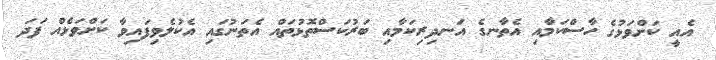
އެއީ ކަށްވަޅުގެ ހާސްކަމާއި އެތާނގެ އަނދިރިކަމާއި ބަރުކަސްތޮޅުތައް އެތަނުގައި އެކުލެވިފައިވާ ކަށްވަޅެއް ފަދަ